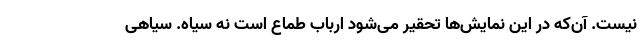
نیست. آن‌که در این نمایش‌ها تحقیر می‌شود ارباب طماع است نه سیاه. سیاهی